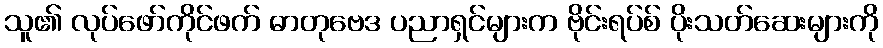
သူ၏ လုပ်ဖော်ကိုင်ဖက် ဓာတုဗေဒ ပညာရှင်များက ဗိုင်းရပ်စ် ပိုးသတ်ဆေးများကို